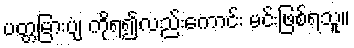
ပတ္တမြားပျံ ကိုရ၍လည်းကောင်း မင်းဖြစ်ရသူ။